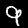
Digit: 9